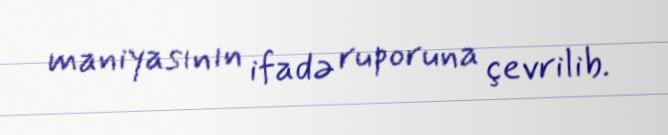
maniyasının ifadə ruporuna çevrilib.